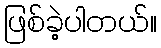
ဖြစ်ခဲ့ပါတယ်။